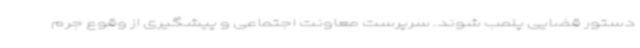
دستور قضایی پلمب شوند. سرپرست معاونت اجتماعی و پیشگیری از وقوع جرم